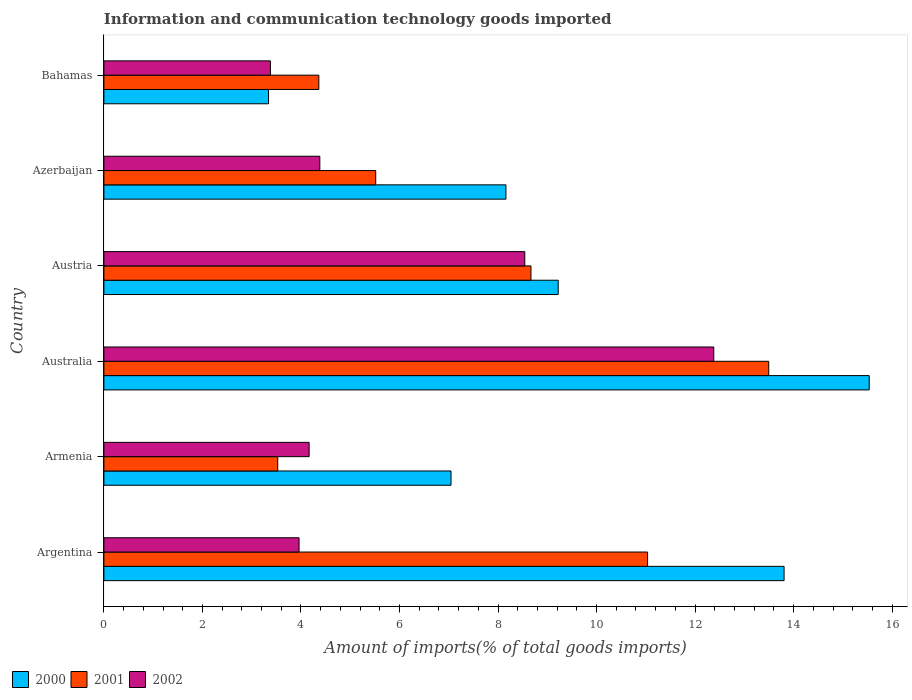
| Country | 2000 | 2001 | 2002 |
 | --- | --- | --- | --- |
 | Argentina | 13.8 | 11 | 3.96 |
 | Armenia | 7.05 | 3.53 | 4.17 |
 | Australia | 15.5 | 13.5 | 12.4 |
 | Austria | 9.22 | 8.67 | 8.54 |
 | Azerbaijan | 8.16 | 5.52 | 4.38 |
 | Bahamas | 3.34 | 4.36 | 3.38 |